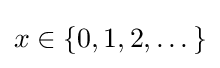
x\in \{0,1,2,\dots \}